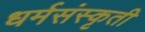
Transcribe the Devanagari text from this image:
धर्मसंस्कृती